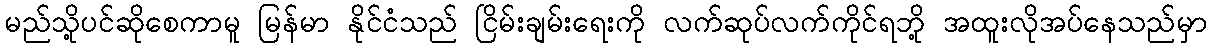
မည်သို့ပင်ဆိုစေကာမူ မြန်မာ နိုင်ငံသည် ငြိမ်းချမ်းရေးကို လက်ဆုပ်လက်ကိုင်ရဘို့ အထူးလိုအပ်နေသည်မှာ